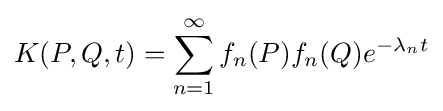
K(P,Q,t)=\sum _{n=1}^{\infty }f_{n}(P)f_{n}(Q)e^{-\lambda _{n}t}